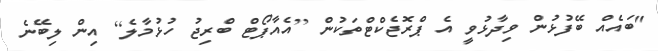
"ބައެއް ބޭފުޅުން ވިދާޅުވީ އެ ޕްރޮޖެކްޓްތަކުން [އެއާޕޯޓް ބްރިޖު ހުޅުމާލެ] އިން ލިބޭނެ